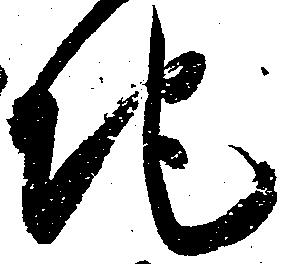
地